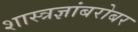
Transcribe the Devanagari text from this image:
शास्त्रज्ञांबरोबर